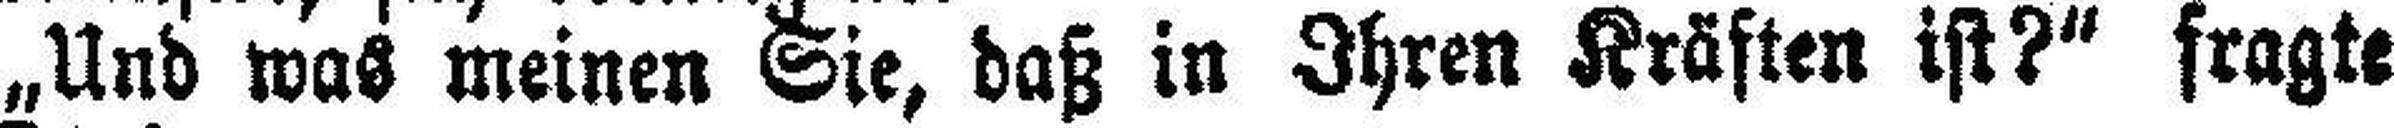
„Und was meinen Sie, daß in Ihren Kräften ist?“ fragte